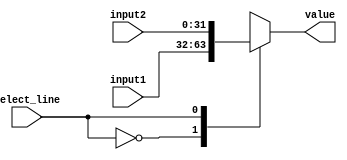
module _2to1mux(
input [31:0] input1,input2,
output [31:0] value,
input select_line
    );
always @ (*)
begin
case(select_line)
1'b0: value=input1;
1'b1: value=input2;
endcase
end
endmodule